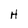
Character: H